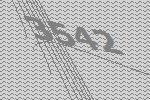
3542